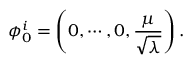
\phi _ { 0 } ^ { i } = \left( 0 , \cdots , 0 , { \frac { \mu } { \sqrt { \lambda } } } \right) .